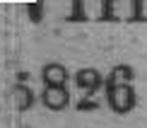
5826